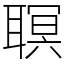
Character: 䏃